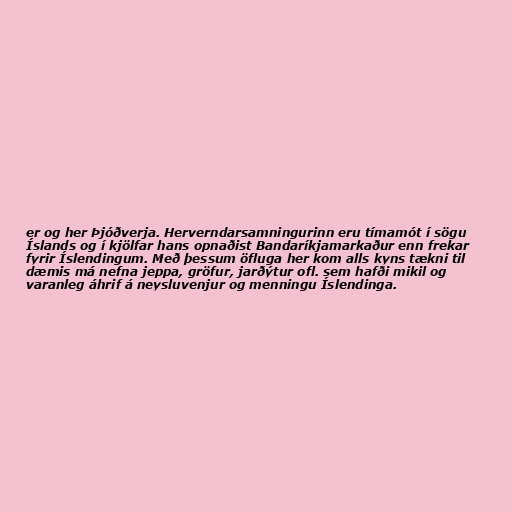
er og her Þjóðverja. Herverndarsamningurinn eru tímamót í sögu
Íslands og í kjölfar hans opnaðist Bandaríkjamarkaður enn frekar
fyrir Íslendingum. Með þessum öfluga her kom alls kyns tækni til
dæmis má nefna jeppa, gröfur, jarðýtur ofl. sem hafði mikil og
varanleg áhrif á neysluvenjur og menningu Íslendinga.